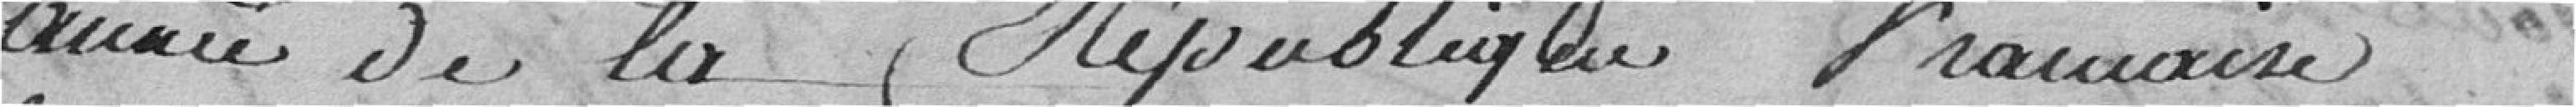
année de la République française